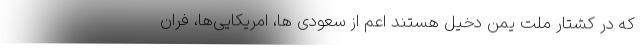
که در کشتار ملت یمن دخیل هستند اعم از سعودی ها، امریکایی‌ها، فران